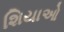
શિયાઓ